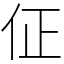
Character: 佂